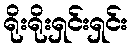
ရိုးရိုးရှင်းရှင်း